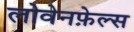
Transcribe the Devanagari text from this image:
लोवेनफ़ेल्स